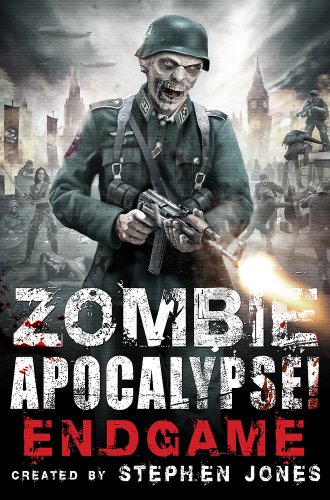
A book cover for Zombie Apocalypse! End Game; Literature & Fiction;